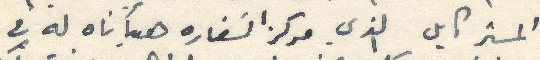
المستر كايل الذي مركز السفاره هيأناه له في